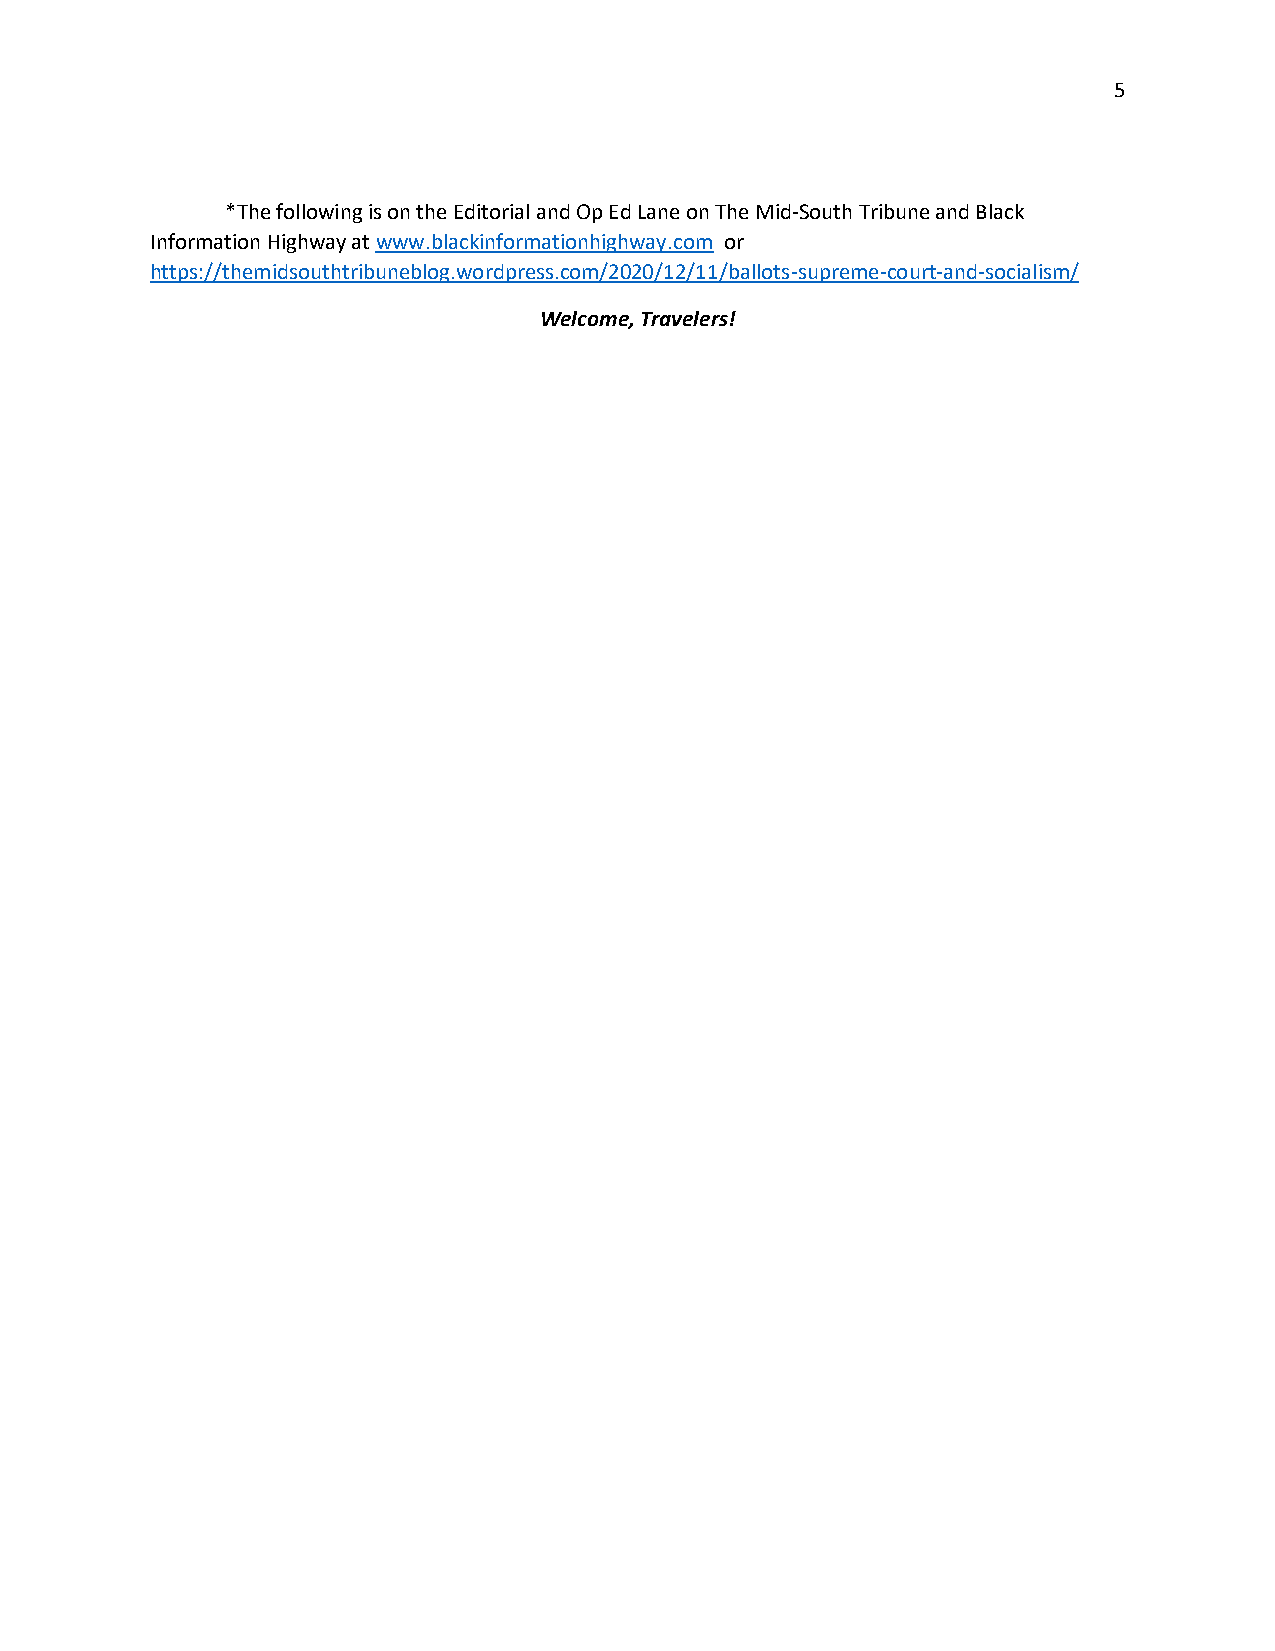
5
 *The following is on the Editorial and Op Ed Lane on The Mid-South Tribune and Black
 Information Highway at www.blackinformationhighway.com or
 https://themidsouthtribuneblog.wordpress.com/2020/12/11/ballots-supreme-court-and-socialism/
 Welcome, Travelers!